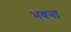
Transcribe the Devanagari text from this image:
भवना